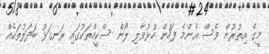
މީގެ އިތުރުން ވެސް އެންމެ ފަހުން ހުޅުވާލި ލޯން ސްކީމްތަކުގައި ރަނގަޅު ބަދަލުތަކެއް